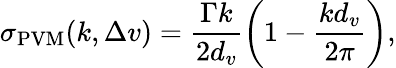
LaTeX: \sigma_{\mathrm{PVM}}(k,\Delta v)=\frac{\Gamma k}{2d_{v}}\left(1-\frac{kd_{v}}{2\pi}\right),